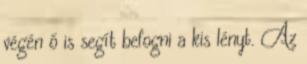
végén ő is segít befogni a kis lényt. Az